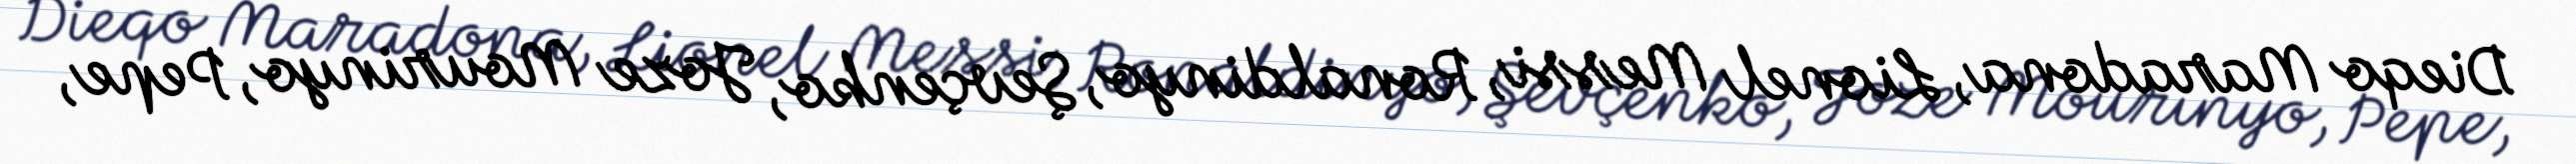
Dieqo Maradona, Lionel Messi, Ronaldinyo, Şevçenko, Joze Mourinyo, Pepe,